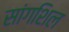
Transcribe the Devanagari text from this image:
सांगशिल